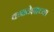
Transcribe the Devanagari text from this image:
धनादेशाच्या